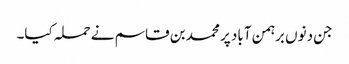
جن دنوں برہمن آباد پر محمد بن قاسم نے حملہ کیا۔